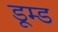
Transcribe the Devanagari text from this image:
डूम्ड